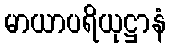
မာယာပရိယုဋ္ဌာနံ